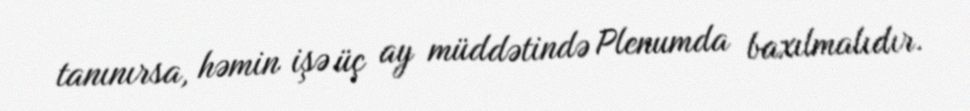
tanınırsa, həmin işə üç ay müddətində Plenumda baxılmalıdır.